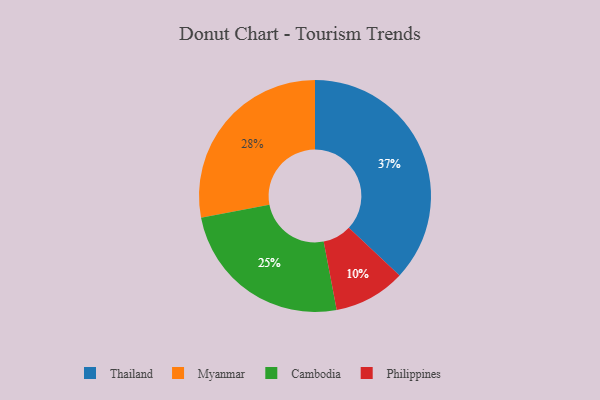
{"axis": {"x": "Category", "y": "Percentage"}, "legend": ["Cambodia", "Myanmar", "Philippines", "Thailand"], "data": [{"x": "Philippines", "y": 10, "type": "Philippines"}, {"x": "Thailand", "y": 37, "type": "Thailand"}, {"x": "Myanmar", "y": 28, "type": "Myanmar"}, {"x": "Cambodia", "y": 25, "type": "Cambodia"}]}